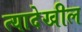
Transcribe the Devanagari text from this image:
त्यादेखील